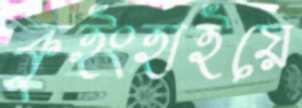
কুইংহাইয়ে